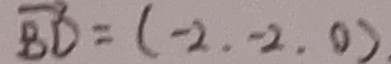
\overrightarrow { B D } = ( - 2 . - 2 . 0 )